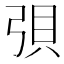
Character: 𫸳